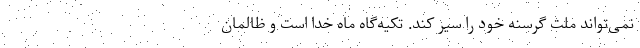
نمی‌تواند ملت گرسنه خود را سیر کند. تکیه‌گاه ماه خدا است و ظالمان